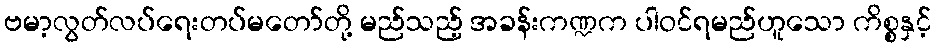
ဗမာ့လွတ်လပ်ရေးတပ်မတော်တို့ မည်သည့် အခန်းကဏ္ဍက ပါဝင်ရမည်ဟူသော ကိစ္စနှင့်